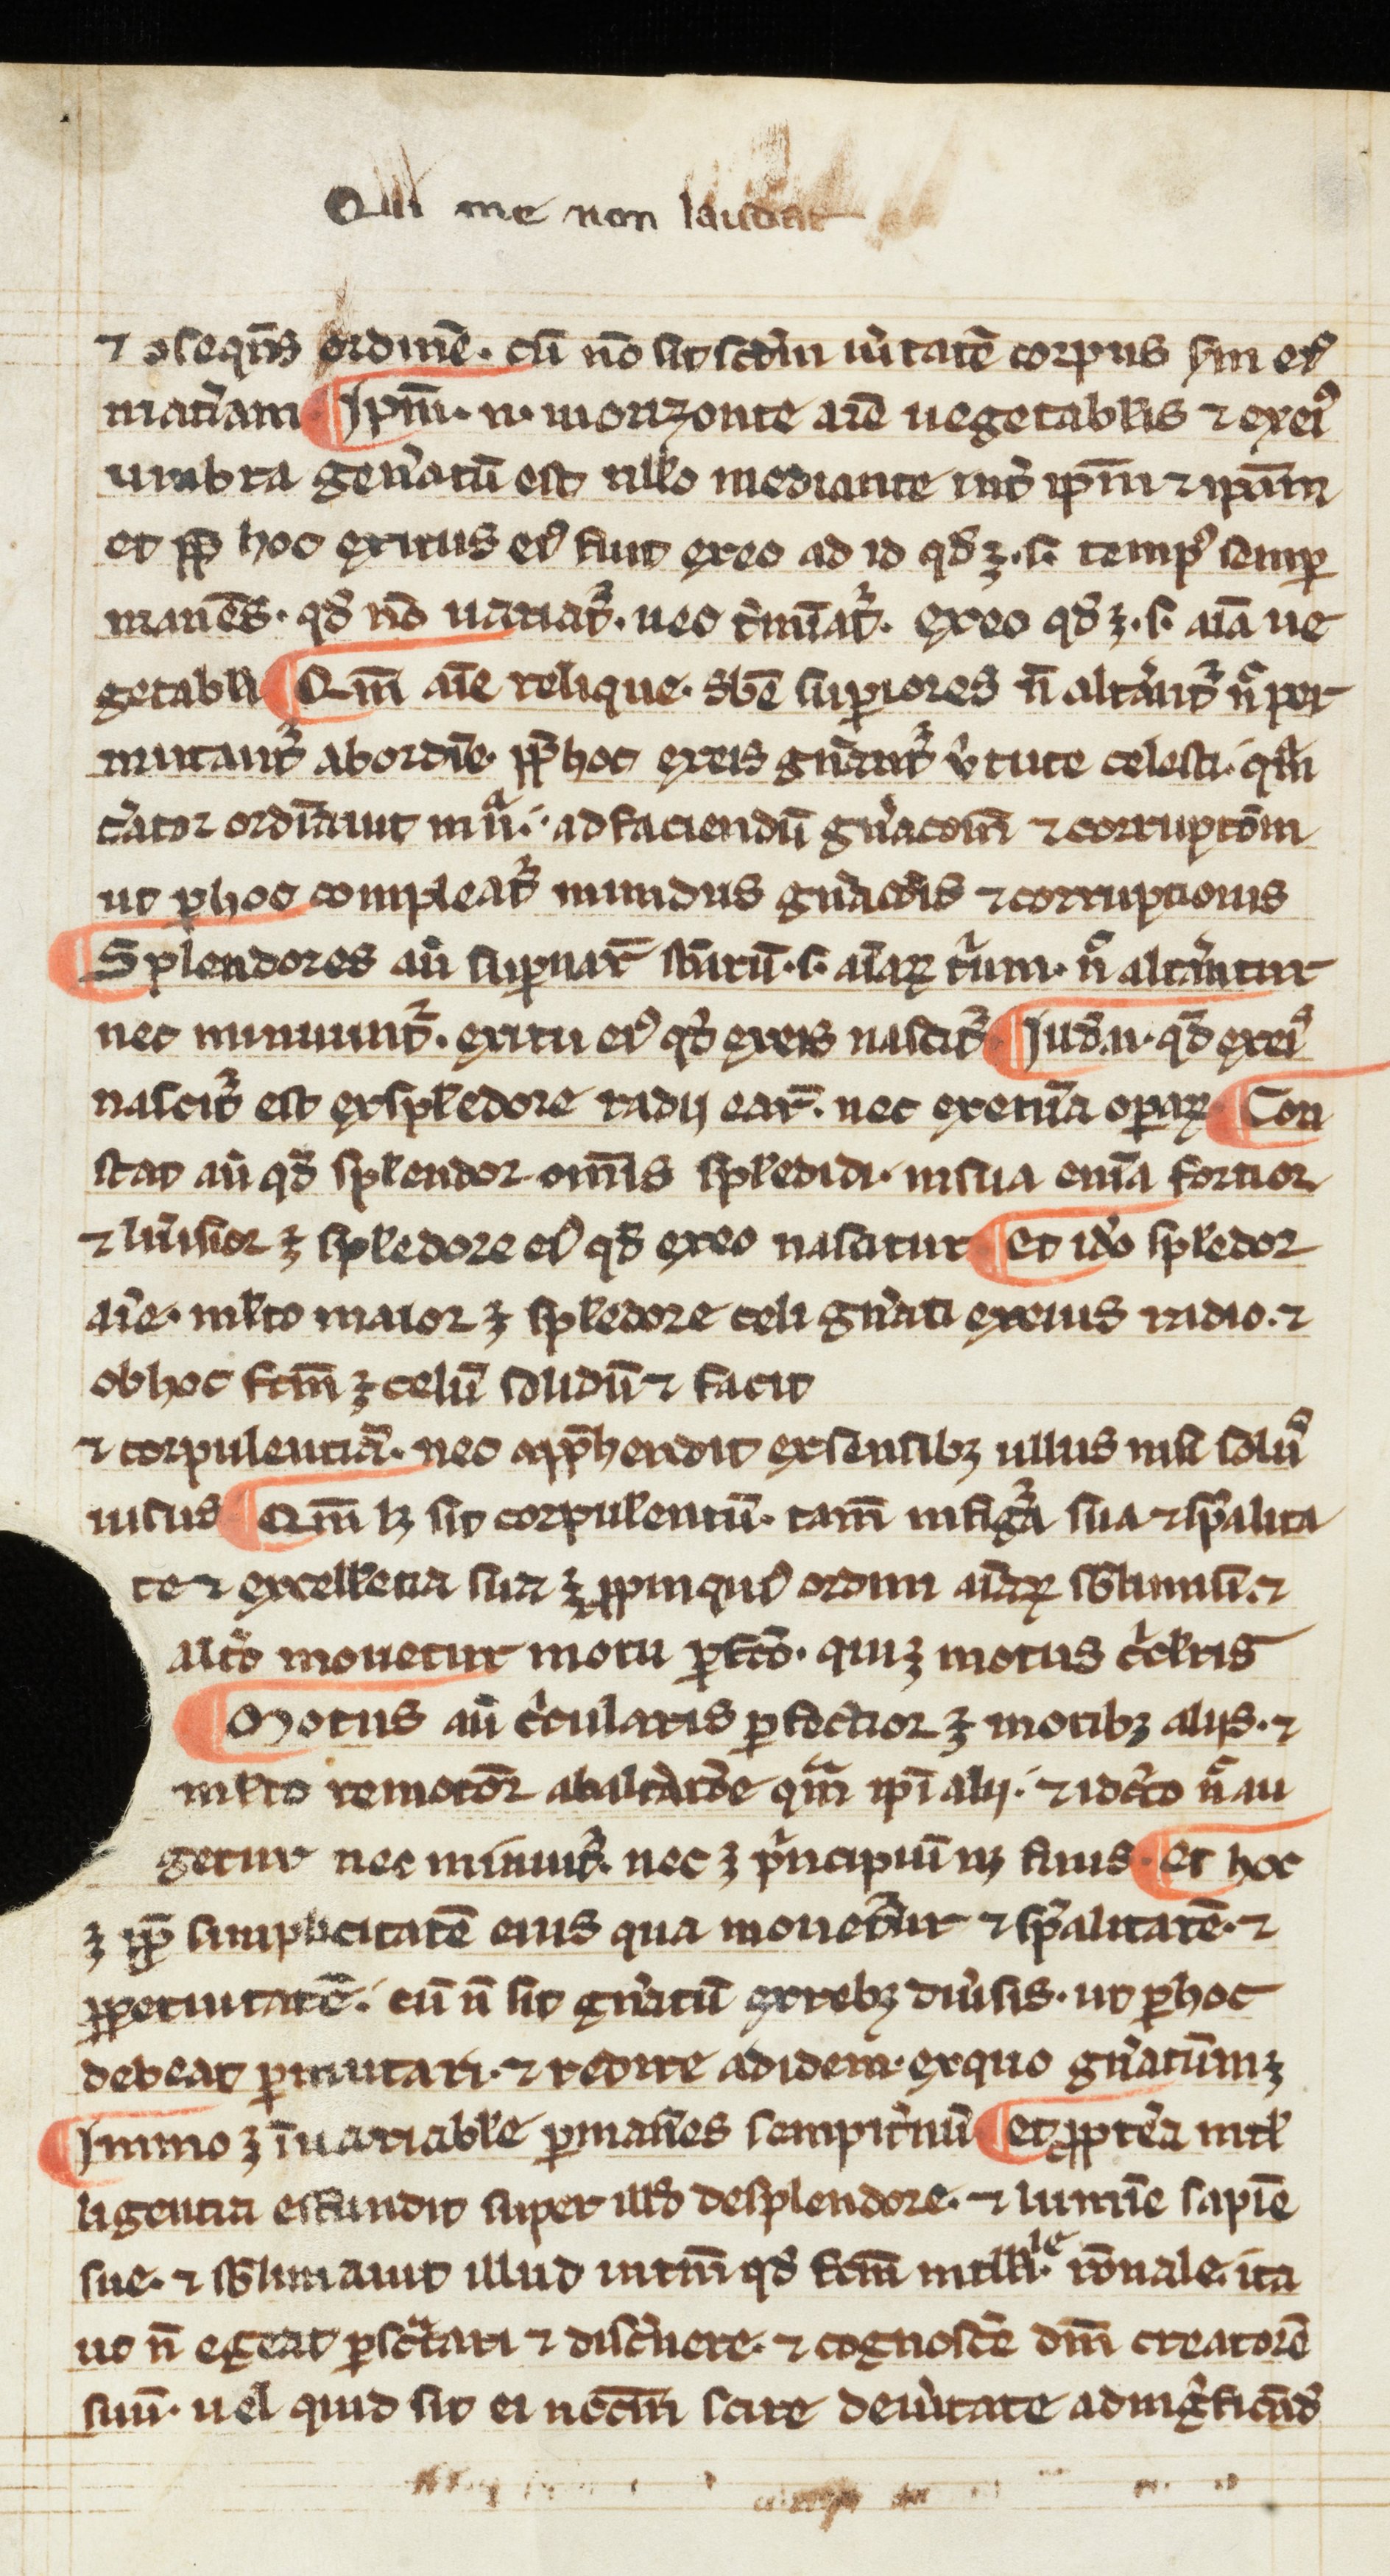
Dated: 1300–1399